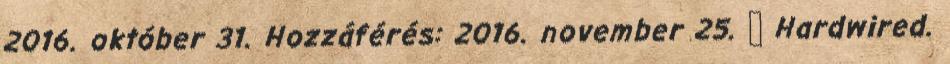
2016. október 31. Hozzáférés: 2016. november 25. ↑ Hardwired.